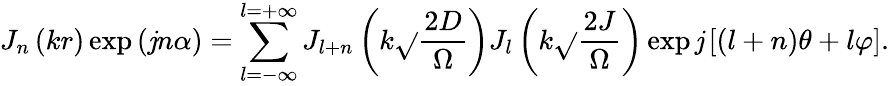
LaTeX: J_{n}\left(kr\right)\exp\left(\mathit{j}n\alpha\right)=\sum_{l=-\infty}^{l=+\infty}J_{l+n}\left(k\sqrt{}{{\frac{{2D}}{{\Omega}}}}\right)J_{l}\left(k\sqrt{}{{\frac{{2J}}{{\Omega}}}}\right)\exp\mathit{j}\left[\left(l+n\right)\theta+l\varphi\right].